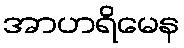
အာဟရိမေန